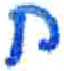
אות: ח